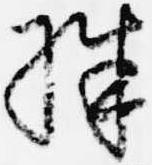
殊